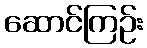
ဆောင်ကြဉ်း